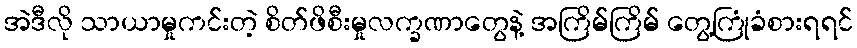
အဲဒီလို သာယာမှုကင်းတဲ့ စိတ်ဖိစီးမှုလက္ခဏာတွေနဲ့ အကြိမ်ကြိမ် တွေ့ကြုံခံစားရရင်